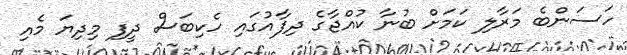
ހަސަންބެ މަރާލި ކަމަށް ބުނާ ކުއްޖާގެ ދިފާއުގައި ހެކިބަސް ދީފި މިދިޔަ މެއި